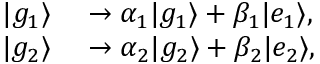
\begin{array} { r l } { | g _ { 1 } \rangle } & { { } \rightarrow \alpha _ { 1 } | g _ { 1 } \rangle + \beta _ { 1 } | e _ { 1 } \rangle , } \\ { | g _ { 2 } \rangle } & { { } \rightarrow \alpha _ { 2 } | g _ { 2 } \rangle + \beta _ { 2 } | e _ { 2 } \rangle , } \end{array}